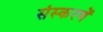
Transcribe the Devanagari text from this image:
संस्करणें